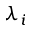
\lambda _ { i }